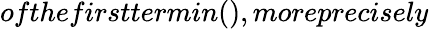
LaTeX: ofthefirsttermin(),moreprecisely